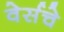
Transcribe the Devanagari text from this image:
वेर्सचे